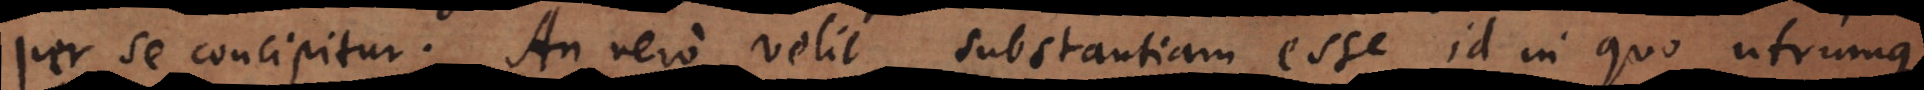
per se concipitur. An vero velit substantiam esse id in quo utrumque